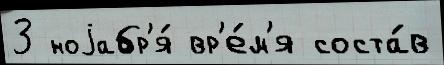
3 ноjабр'я́ вр'е́м'я соста́в